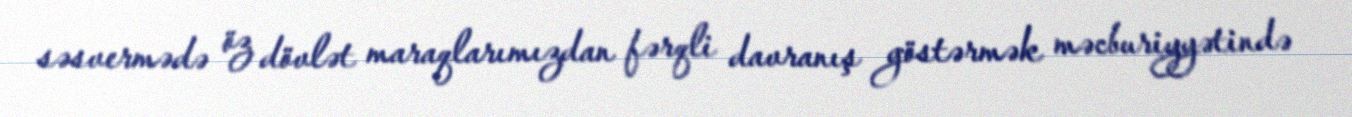
səsvermədə öz dövlət maraqlarımızdan fərqli davranış göstərmək məcburiyyətində